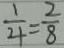
\frac { 1 } { 4 } = \frac { 2 } { 8 }